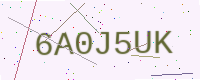
Text: 6A0J5UK